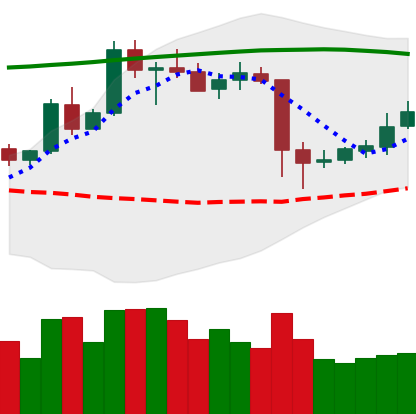
Ticker: ETC-USD
Chart end date: 2020-05-16
Forward return: -8.182%
Label: down_7plus